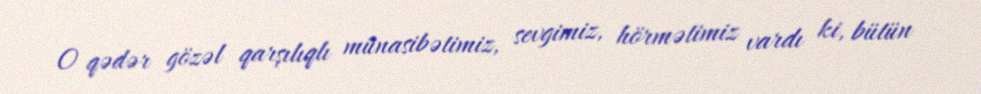
O qədər gözəl qarşılıqlı münasibətimiz, sevgimiz, hörmətimiz vardı ki, bütün